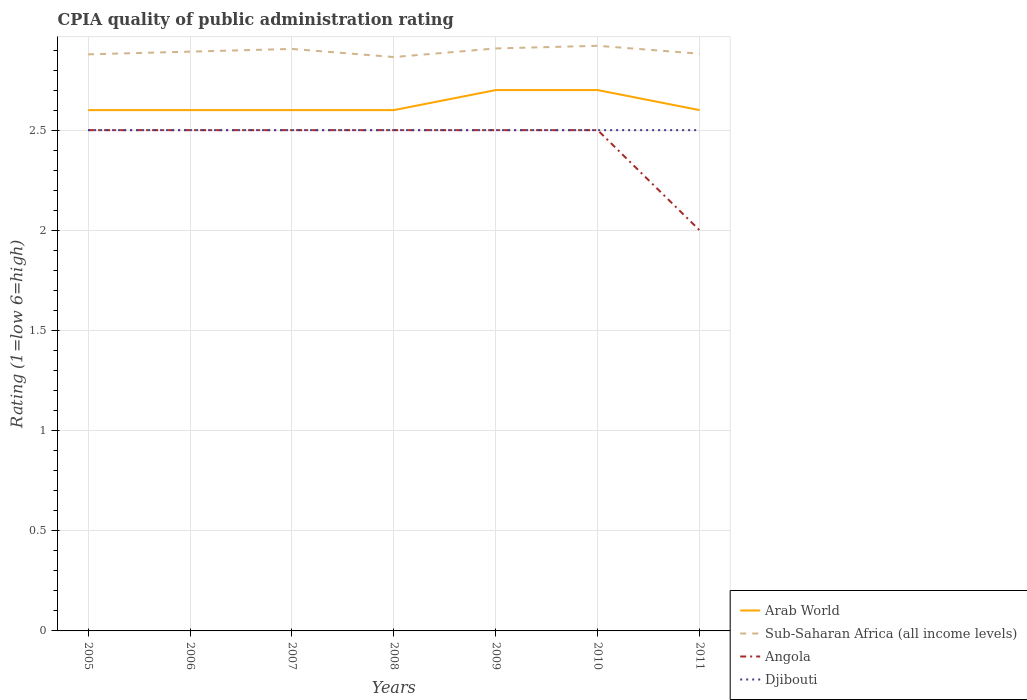
| Years | Arab World | Sub-Saharan Africa (all income levels) | Angola | Djibouti |
 | --- | --- | --- | --- | --- |
 | 2005 | 2.6 | 2.88 | 2.5 | 2.5 |
 | 2006 | 2.6 | 2.89 | 2.5 | 2.5 |
 | 2007 | 2.6 | 2.91 | 2.5 | 2.5 |
 | 2008 | 2.6 | 2.86 | 2.5 | 2.5 |
 | 2009 | 2.7 | 2.91 | 2.5 | 2.5 |
 | 2010 | 2.7 | 2.92 | 2.5 | 2.5 |
 | 2011 | 2.6 | 2.88 | 2 | 2.5 |